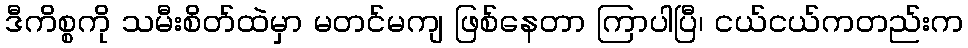
ဒီကိစ္စကို သမီးစိတ်ထဲမှာ မတင်မကျ ဖြစ်နေတာ ကြာပါပြီ၊ ငယ်ငယ်ကတည်းက